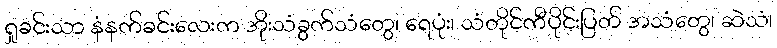
ရှုခင်းသာ နံနက်ခင်းလေးက အိုးသံခွက်သံတွေ၊ ရေပုံး၊ သံတိုင်ကီပိုင်းပြတ် အသံတွေ၊ ဆဲသံ၊